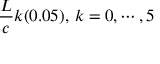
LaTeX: { \frac { L } { c } } k ( 0 . 0 5 ) , \, k = 0 , \cdots , 5